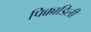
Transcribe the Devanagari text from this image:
पिक्काडिली